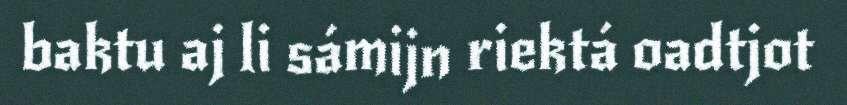
baktu aj li sámijn riektá oadtjot